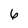
Character: 6